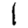
Digit: 1